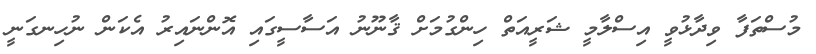
މުސްތަފާ ވިދާޅުވީ އިސްލާމީ ޝަރީއަތް ހިންގުމަށް ޤާނޫނު އަސާސީގައި އޮންނައިރު އެކަން ނުހިނގަނީ